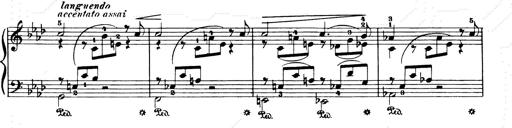
Title: Consolations and LiebestrÃ¤ume for the Piano
Composer: Franz Liszt